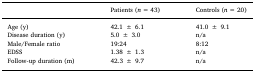
<table><thead><tr><td></td><td><b>Patients (<i>n</i> = 43)</b></td><td><b>Controls (<i>n</i> = 20)</b></td></tr></thead><tbody><tr><td>Age (y)</td><td>42.1 ± 6.1</td><td>41.0 ± 9.1</td></tr><tr><td>Disease duration (y)</td><td>5.0 ± 3.0</td><td>n/a</td></tr><tr><td>Male/Female ratio</td><td>19:24</td><td>8:12</td></tr><tr><td>EDSS</td><td>1.38 ± 1.3</td><td>n/a</td></tr><tr><td>Follow-up duration (m)</td><td>42.3 ± 9.7</td><td>n/a</td></tr></tbody></table>